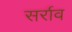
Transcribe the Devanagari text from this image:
सर्राव